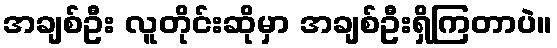
အချစ်ဦး လူတိုင်းဆိုမှာ အချစ်ဦးရှိကြတာပဲ။